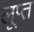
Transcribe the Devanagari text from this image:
लूप्त